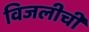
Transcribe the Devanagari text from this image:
विजलीची